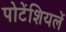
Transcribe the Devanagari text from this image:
पोटेंशियलें